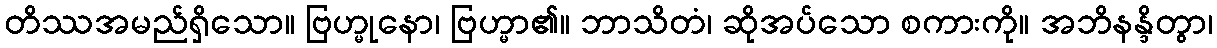
တိဿအမည်ရှိသော။ ဗြဟ္မုနော၊ ဗြဟ္မာ၏။ ဘာသိတံ၊ ဆိုအပ်သော စကားကို။ အဘိနန္ဒိတွာ၊